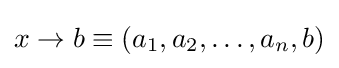
x\rightarrow b\equiv (a_{1},a_{2},\ldots ,a_{n},b)